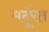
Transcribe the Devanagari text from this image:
मदुरैत